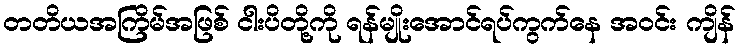
တတိယအကြိမ်အဖြစ် ငါးပိတို့ကို ရန်မျိုးအောင်ရပ်ကွက်နေ အဝင်း ကျိန်